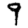
Digit: 9